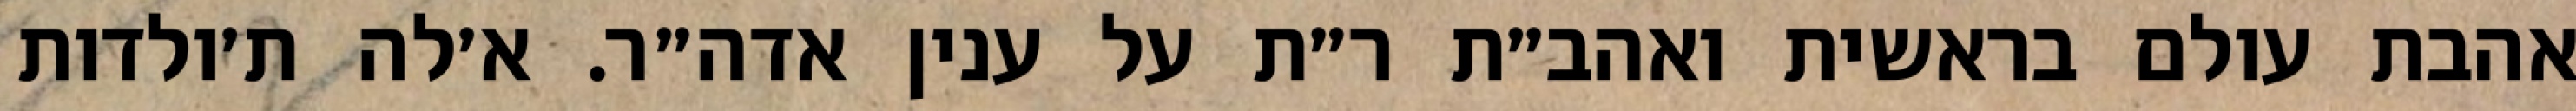
אהבת עולם בראשית ואהב״ת ר״ת על ענין אדה״ר. א׳לה ת׳ולדות